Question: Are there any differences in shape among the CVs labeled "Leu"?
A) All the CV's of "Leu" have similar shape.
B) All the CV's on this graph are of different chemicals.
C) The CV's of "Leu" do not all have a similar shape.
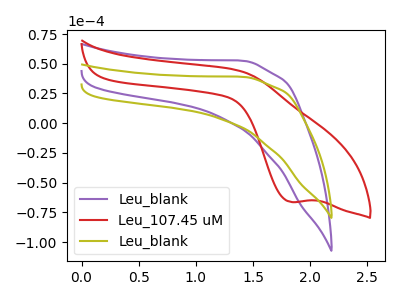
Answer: <think>The purple curve "Leu_blank" has no peaks. The red curve "Leu_107.45 uM" has a cathodic peak at: (1.85V, -66.30uA). The olive curve "Leu_blank" has no peaks.
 "Leu_blank" and "Leu_107.45 uM" have a different number of peaks. Neither "Leu_blank" or "Leu_blank" have any peaks. "Leu_107.45 uM" and "Leu_blank" have a different number of peaks.</think>
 <answer>A) All the CV's of "Leu" have similar shape.</answer>
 <eval>A</eval>